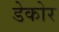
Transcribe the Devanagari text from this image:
डेकोर